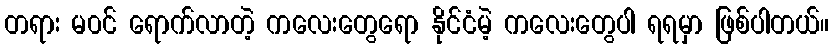
တရား မ၀င် ရောက်လာတဲ့ ကလေးတွေရော နိုင်ငံမဲ့ ကလေးတွေပါ ရရမှာ ဖြစ်ပါတယ်။